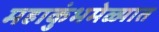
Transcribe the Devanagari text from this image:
महाकुंभमेळ्यात